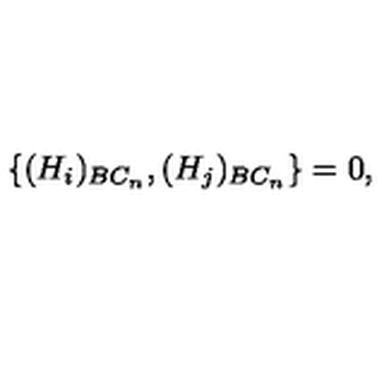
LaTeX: \{ ( H _ { i } ) _ { B C _ { n } } , ( H _ { j } ) _ { B C _ { n } } \} = 0 , \mathrm { \ }